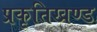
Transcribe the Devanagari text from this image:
प्रकृतिखण्ड